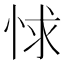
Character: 㤹